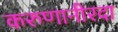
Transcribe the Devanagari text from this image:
करुणानीरदा